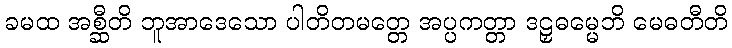
ခမထ အစ္ဆီတိ ဘူအာဒေသော ပါတိတမတ္တေ အပ္ပကတ္တာ ဒဠှဓမ္မေဘိ မေဓတီတိ